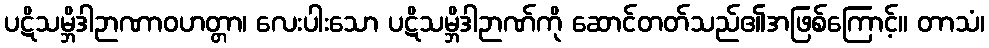
ပဋိသမ္ဘိဒါဉာဏာဝဟတ္တာ၊ လေးပါးသော ပဋိသမ္ဘိဒါဉာဏ်ကို ဆောင်တတ်သည်၏အဖြစ်ကြောင့်။ တာသံ၊